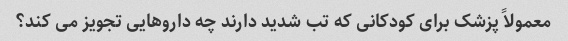
معمولاً پزشک برای کودکانی که تب شدید دارند چه داروهایی تجویز می کند؟